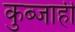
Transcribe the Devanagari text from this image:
कुब्जाही